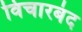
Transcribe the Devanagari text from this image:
विचारबंद